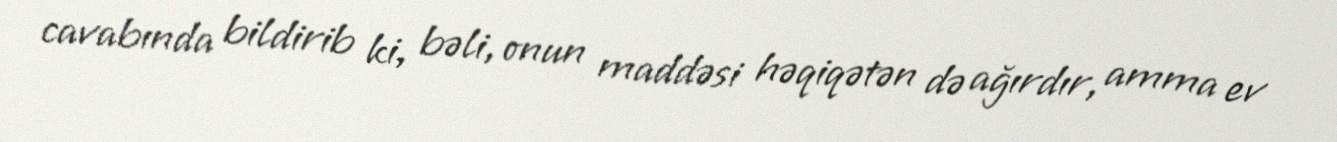
cavabında bildirib ki, bəli, onun maddəsi həqiqətən də ağırdır, amma ev